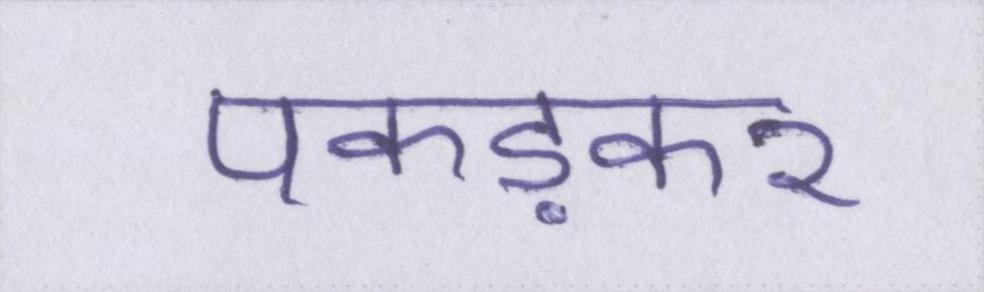
पकड़कर